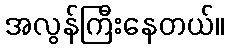
အလွန်ကြီးနေတယ်။